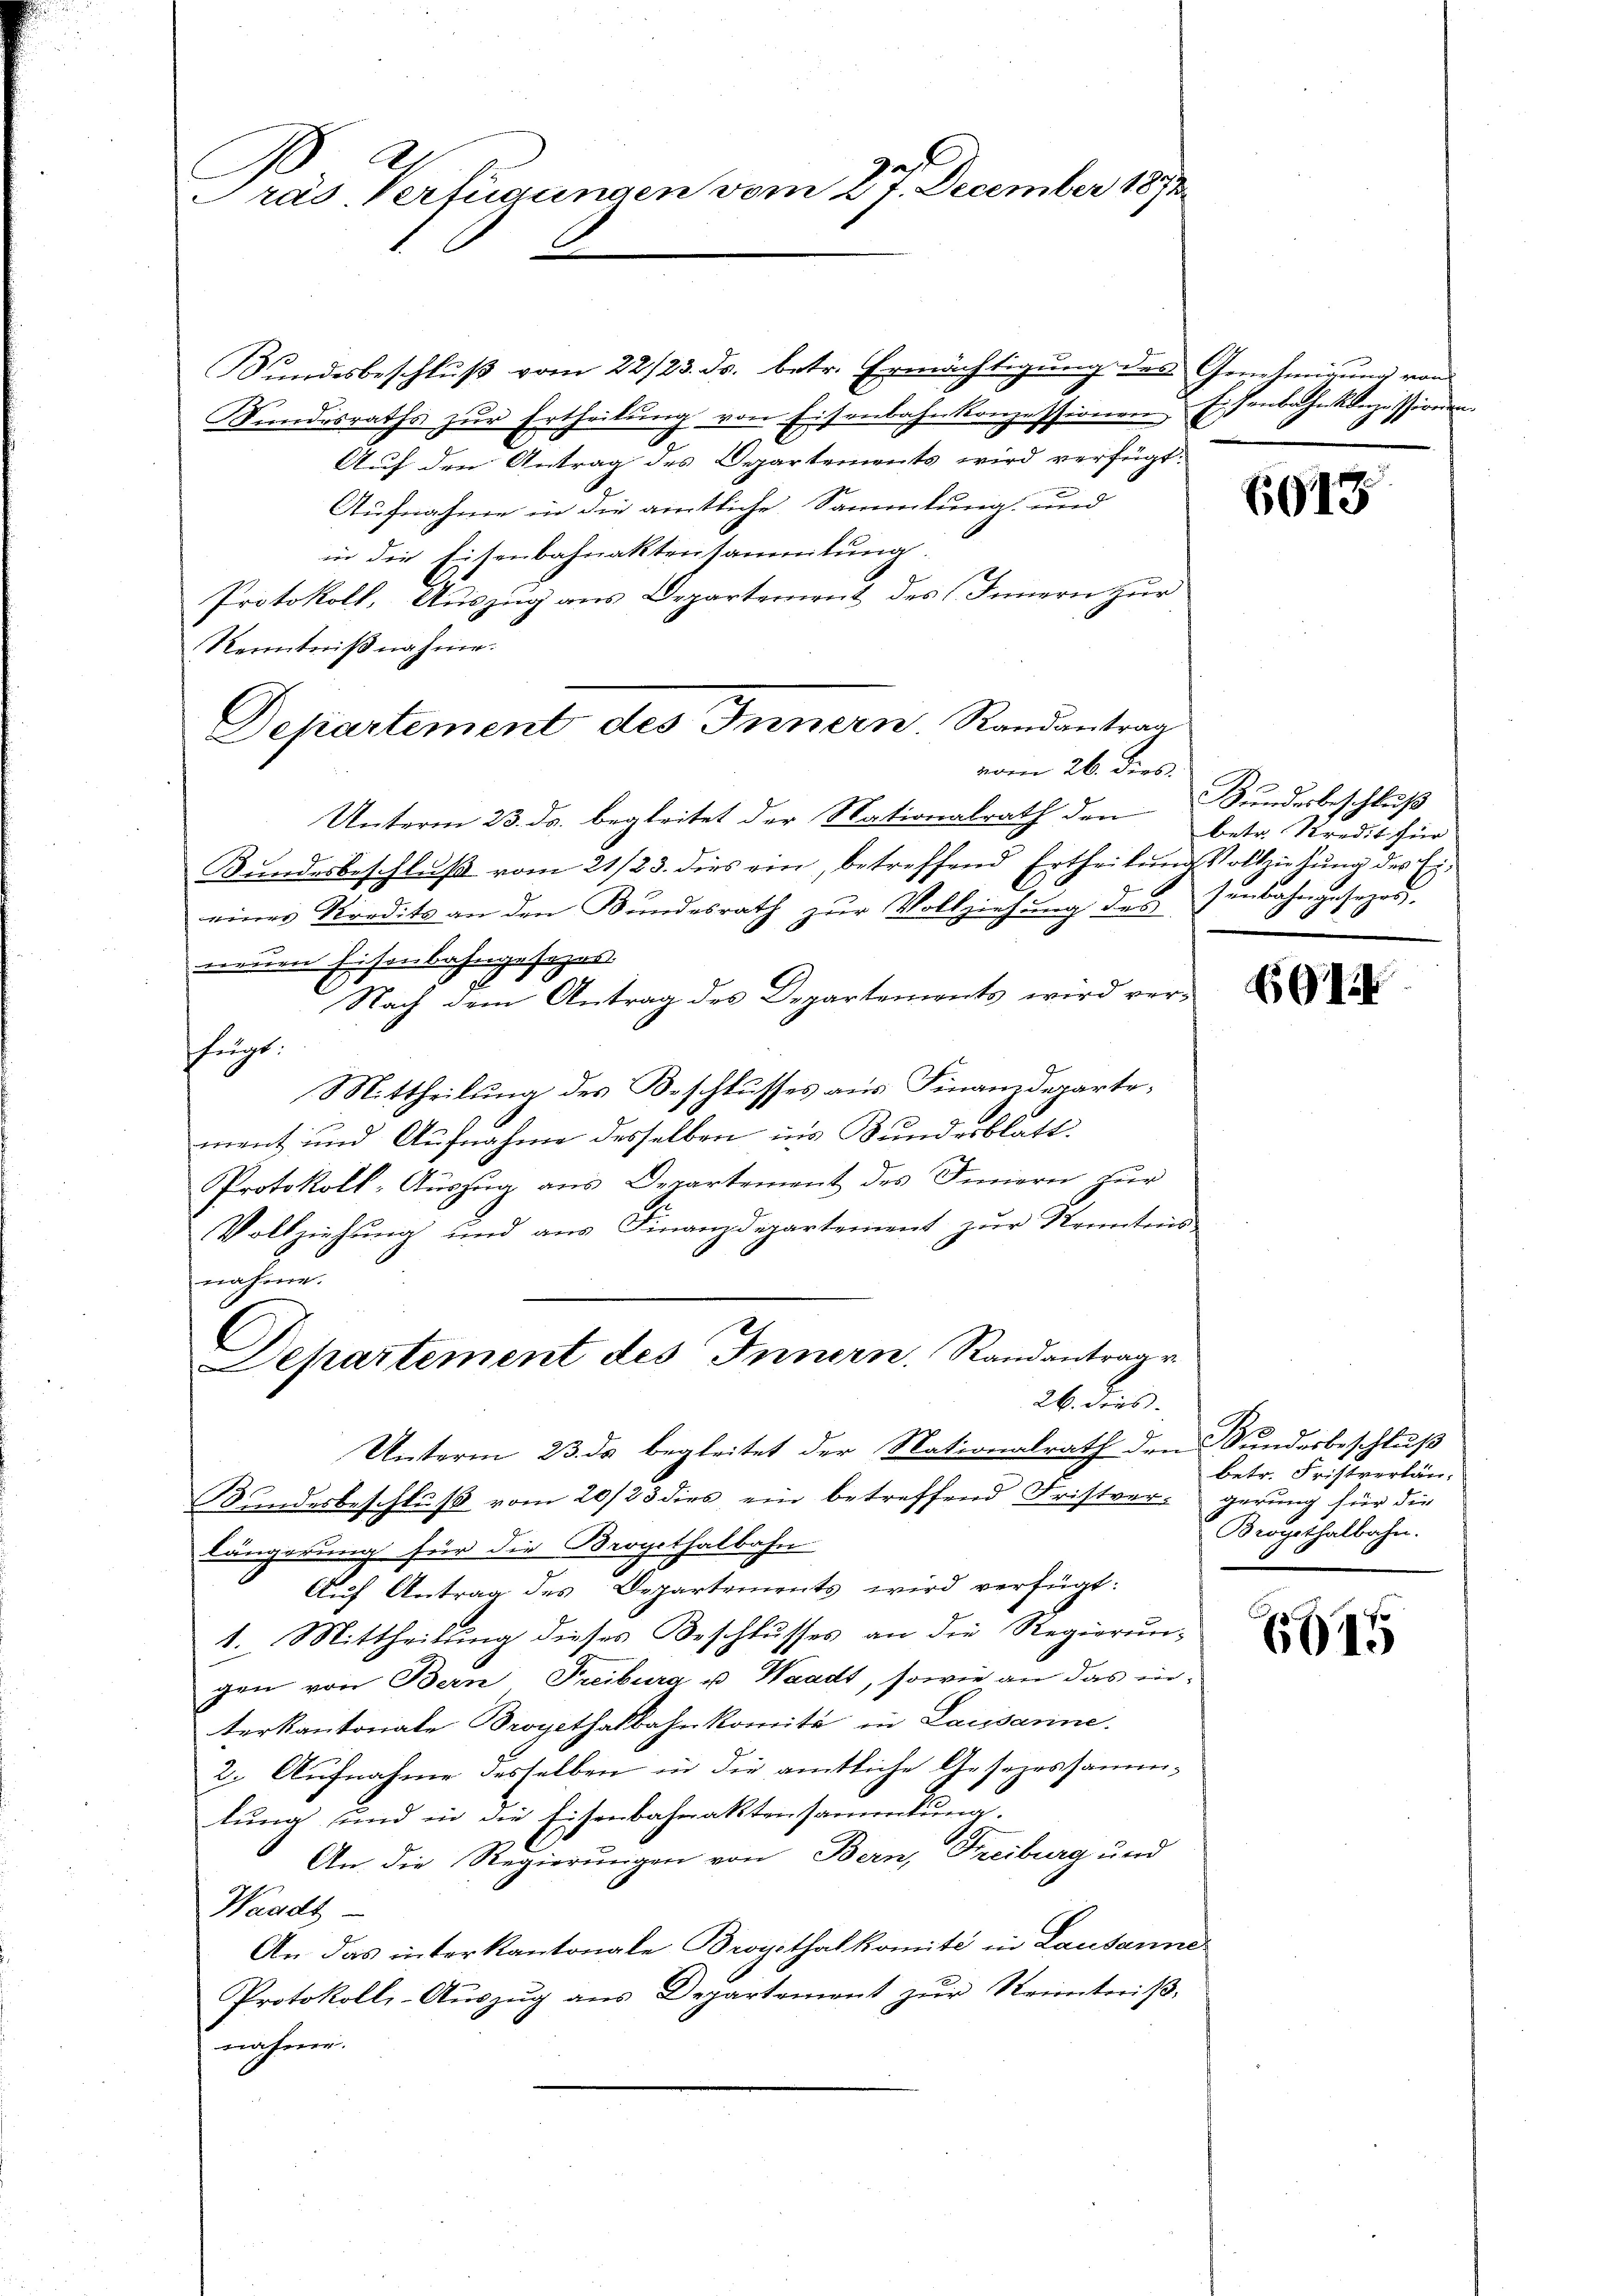
Pras. Verfügungen vom 27. December 1891

Bundesbeschluß vom 22/23. ds. betr. Ermächtigung des Genehmigung von
Sundesraths zur Ertheilŭng von Eisenbahnkonzessionen Eisenbahnkonzession.
Auf den Antrag des Departements wird verfügt:
Aufnahme in die amtliche Sammlung und
in die Eisenbahnaktensammlung.
Protokoll, Auszug aus Departement des Innern zur
Kenntnißnahme.
Unterm 23. ds. begleitet der Nationalrath den
Kundesbeschluß vom 21/23. dies ein, betreffend Ertheilung Vollziehung des Ei-
eines Kredits an den Bundesrath zur Vollziehung des
neuen Eisenbahngesages
Nach dem Antrag des Departements wird verfuge.
Mittheilung des Beschlusses aus Finanzdeparte.
ment und Aufnahme desselben in’s Bundesblatt.
Protokoll- Aŭszŭg ans Departement des Innern zur
Vollziehung und aus Finanzdepartement zur Kenntnis
nahme.
l
Departement des Innern. Randantrage
26. dies |
Unterm 23. ds begleitet der Nationalrath den Sundesbeschluß
Bundesbeschluß vom 20/23 dies ein betreffend Fristverlängerung für die Brogithalbahn
Auf Antrag des Departements wird verfügt:
1. Mittheilung dieses Beschlusses an die Regierung
gen von Bern Treiburg u. Waadt, sowie an das interkantonale Bropethalbahnkomité in Lausanne.
2. Aufnahme desselben in die amtliche Gesezessammlung und in die Eisenbahnaktensammlung.
An die Regierungen von Bern, Freiburg und
Waadt
An das interkantonale Brogithalkomité in Lausanne
Protokolls-Auszug aus Departemont zur Reintreit-
ancherer

Departement des Innern. Randantrag
vom 26. dies

6915

A.
Sundesbeschluß
betr. Kredit für
unbrachen Zusezad

915

betr. Fristverlängerung für die
Brogithalbahn.

645